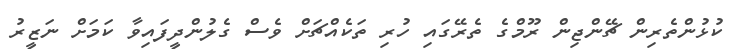
ކުޅުންތެރިން ޗޭންޖިން ރޫމްގެ ތެރޭގައި ހުރި ތަކެއްޗަށް ވެސް ގެލުންދީފައިވާ ކަމަށް ނަޒީރު